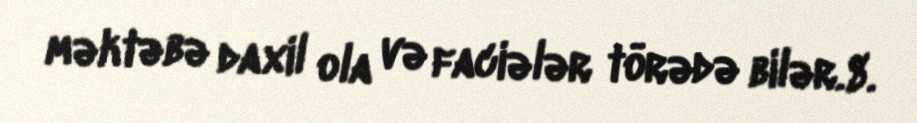
məktəbə daxil ola və faciələr törədə bilər.8.